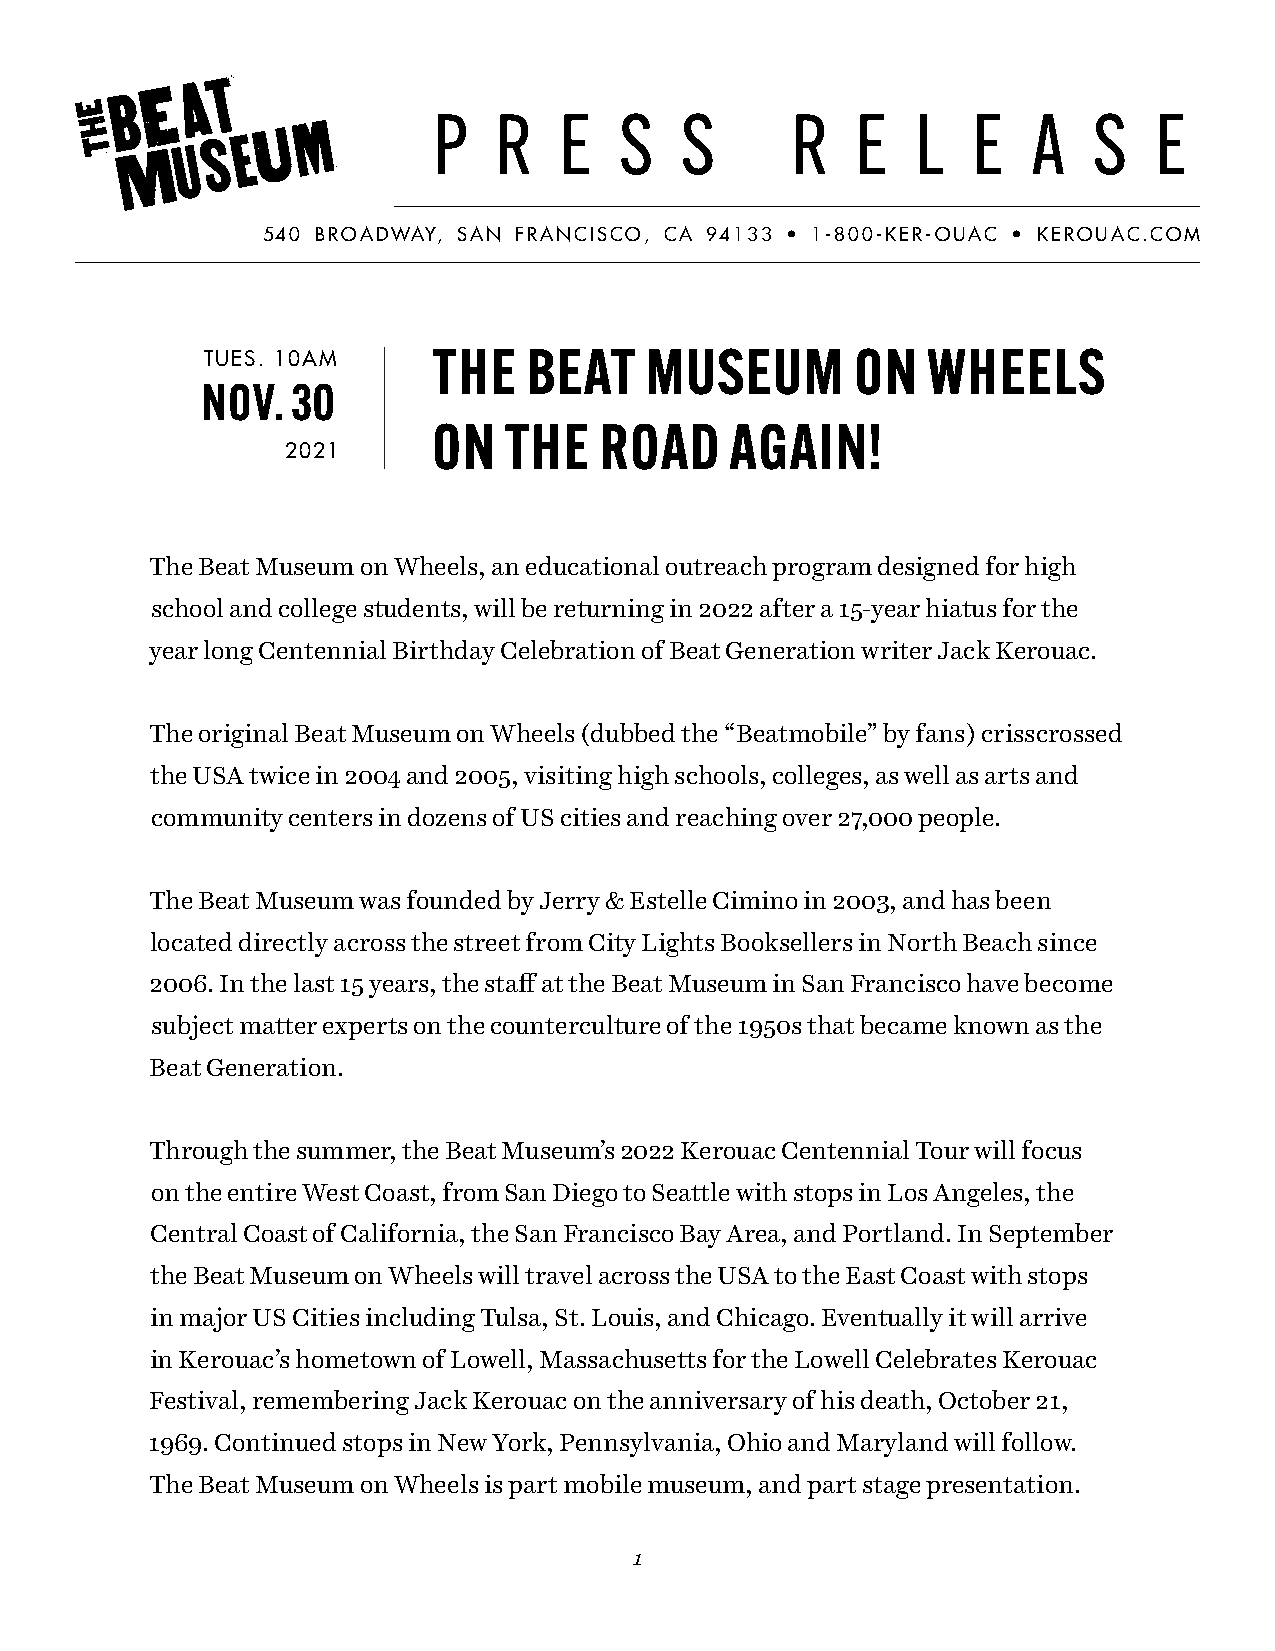
P   R   E   S   S      R    E   L  E   A   S   E
 540 Broadway, San FranciSco, ca 94133 • 1-800-ker-ouac • kerouac.com
 Tues. 10am      The   BeaT    MuseuM        oN  Wheels
 Nov.  30
 oN  The    Road    agaiN!
 2021
 The Beat Museum on Wheels, an educational outreach program designed for high
 school and college students, will be returning in 2022 after a 15-year hiatus for the
 year long Centennial Birthday Celebration of Beat Generation writer Jack Kerouac.
 The original Beat Museum on Wheels (dubbed the “Beatmobile” by fans) crisscrossed
 the USA twice in 2004 and 2005, visiting high schools, colleges, as well as arts and
 community centers in dozens of US cities and reaching over 27,000 people.
 The Beat Museum was founded by Jerry & Estelle Cimino in 2003, and has been
 located directly across the street from City Lights Booksellers in North Beach since
 2006. In the last 15 years, the staff at the Beat Museum in San Francisco have become
 subject matter experts on the counterculture of the 1950s that became known as the
 Beat Generation.
 Through the summer, the Beat Museum’s 2022 Kerouac Centennial Tour will focus
 on the entire West Coast, from San Diego to Seattle with stops in Los Angeles, the
 Central Coast of California, the San Francisco Bay Area, and Portland. In September
 the Beat Museum on Wheels will travel across the USA to the East Coast with stops
 in major US Cities including Tulsa, St. Louis, and Chicago. Eventually it will arrive
 in Kerouac’s hometown of Lowell, Massachusetts for the Lowell Celebrates Kerouac
 Festival, remembering Jack Kerouac on the anniversary of his death, October 21,
 1969. Continued stops in New York, Pennsylvania, Ohio and Maryland will follow.
 The Beat Museum on Wheels is part mobile museum, and part stage presentation.
 1